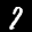
Label: 7